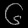
Digit: ၆